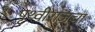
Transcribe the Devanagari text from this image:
पृथ्वीराजचा